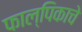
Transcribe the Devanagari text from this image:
फाल्पिकाचे